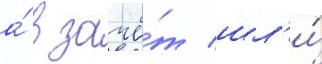
а́ в зачё́т шл'и́